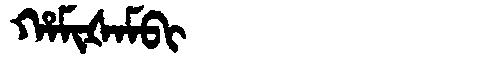
Manchu: ᡥᠠᠮᡳᡧᠠᠮᠪᡳ
Romanization: HAMIŠAMBI